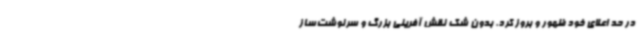
در حد اعلای خود ظهور و بروز کرد. بدون شک نقش آفرینی بزرگ و سرنوشت‌ساز